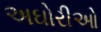
અઘોરીઓ